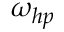
\omega _ { h p }